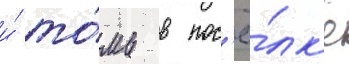
и́ то́мь в пос'ё́лк'е